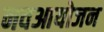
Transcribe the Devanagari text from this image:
नवआयोजन